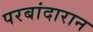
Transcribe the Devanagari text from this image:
परबांदारान